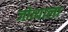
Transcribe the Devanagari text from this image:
जोत्याला